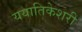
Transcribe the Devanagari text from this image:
ययातिकेशरी